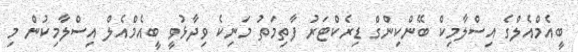
ބީއެމްއެލްގެ އިސްލާމިކް ބޭންކިންގް ޑިރެކްޓަރު ފާތިމަތު މަނިކެ ވިދާޅުވީ ބީއެމްއެލް އިސްލާމިކުން މި